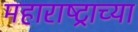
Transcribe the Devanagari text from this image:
महाराष्‍ट्राच्या